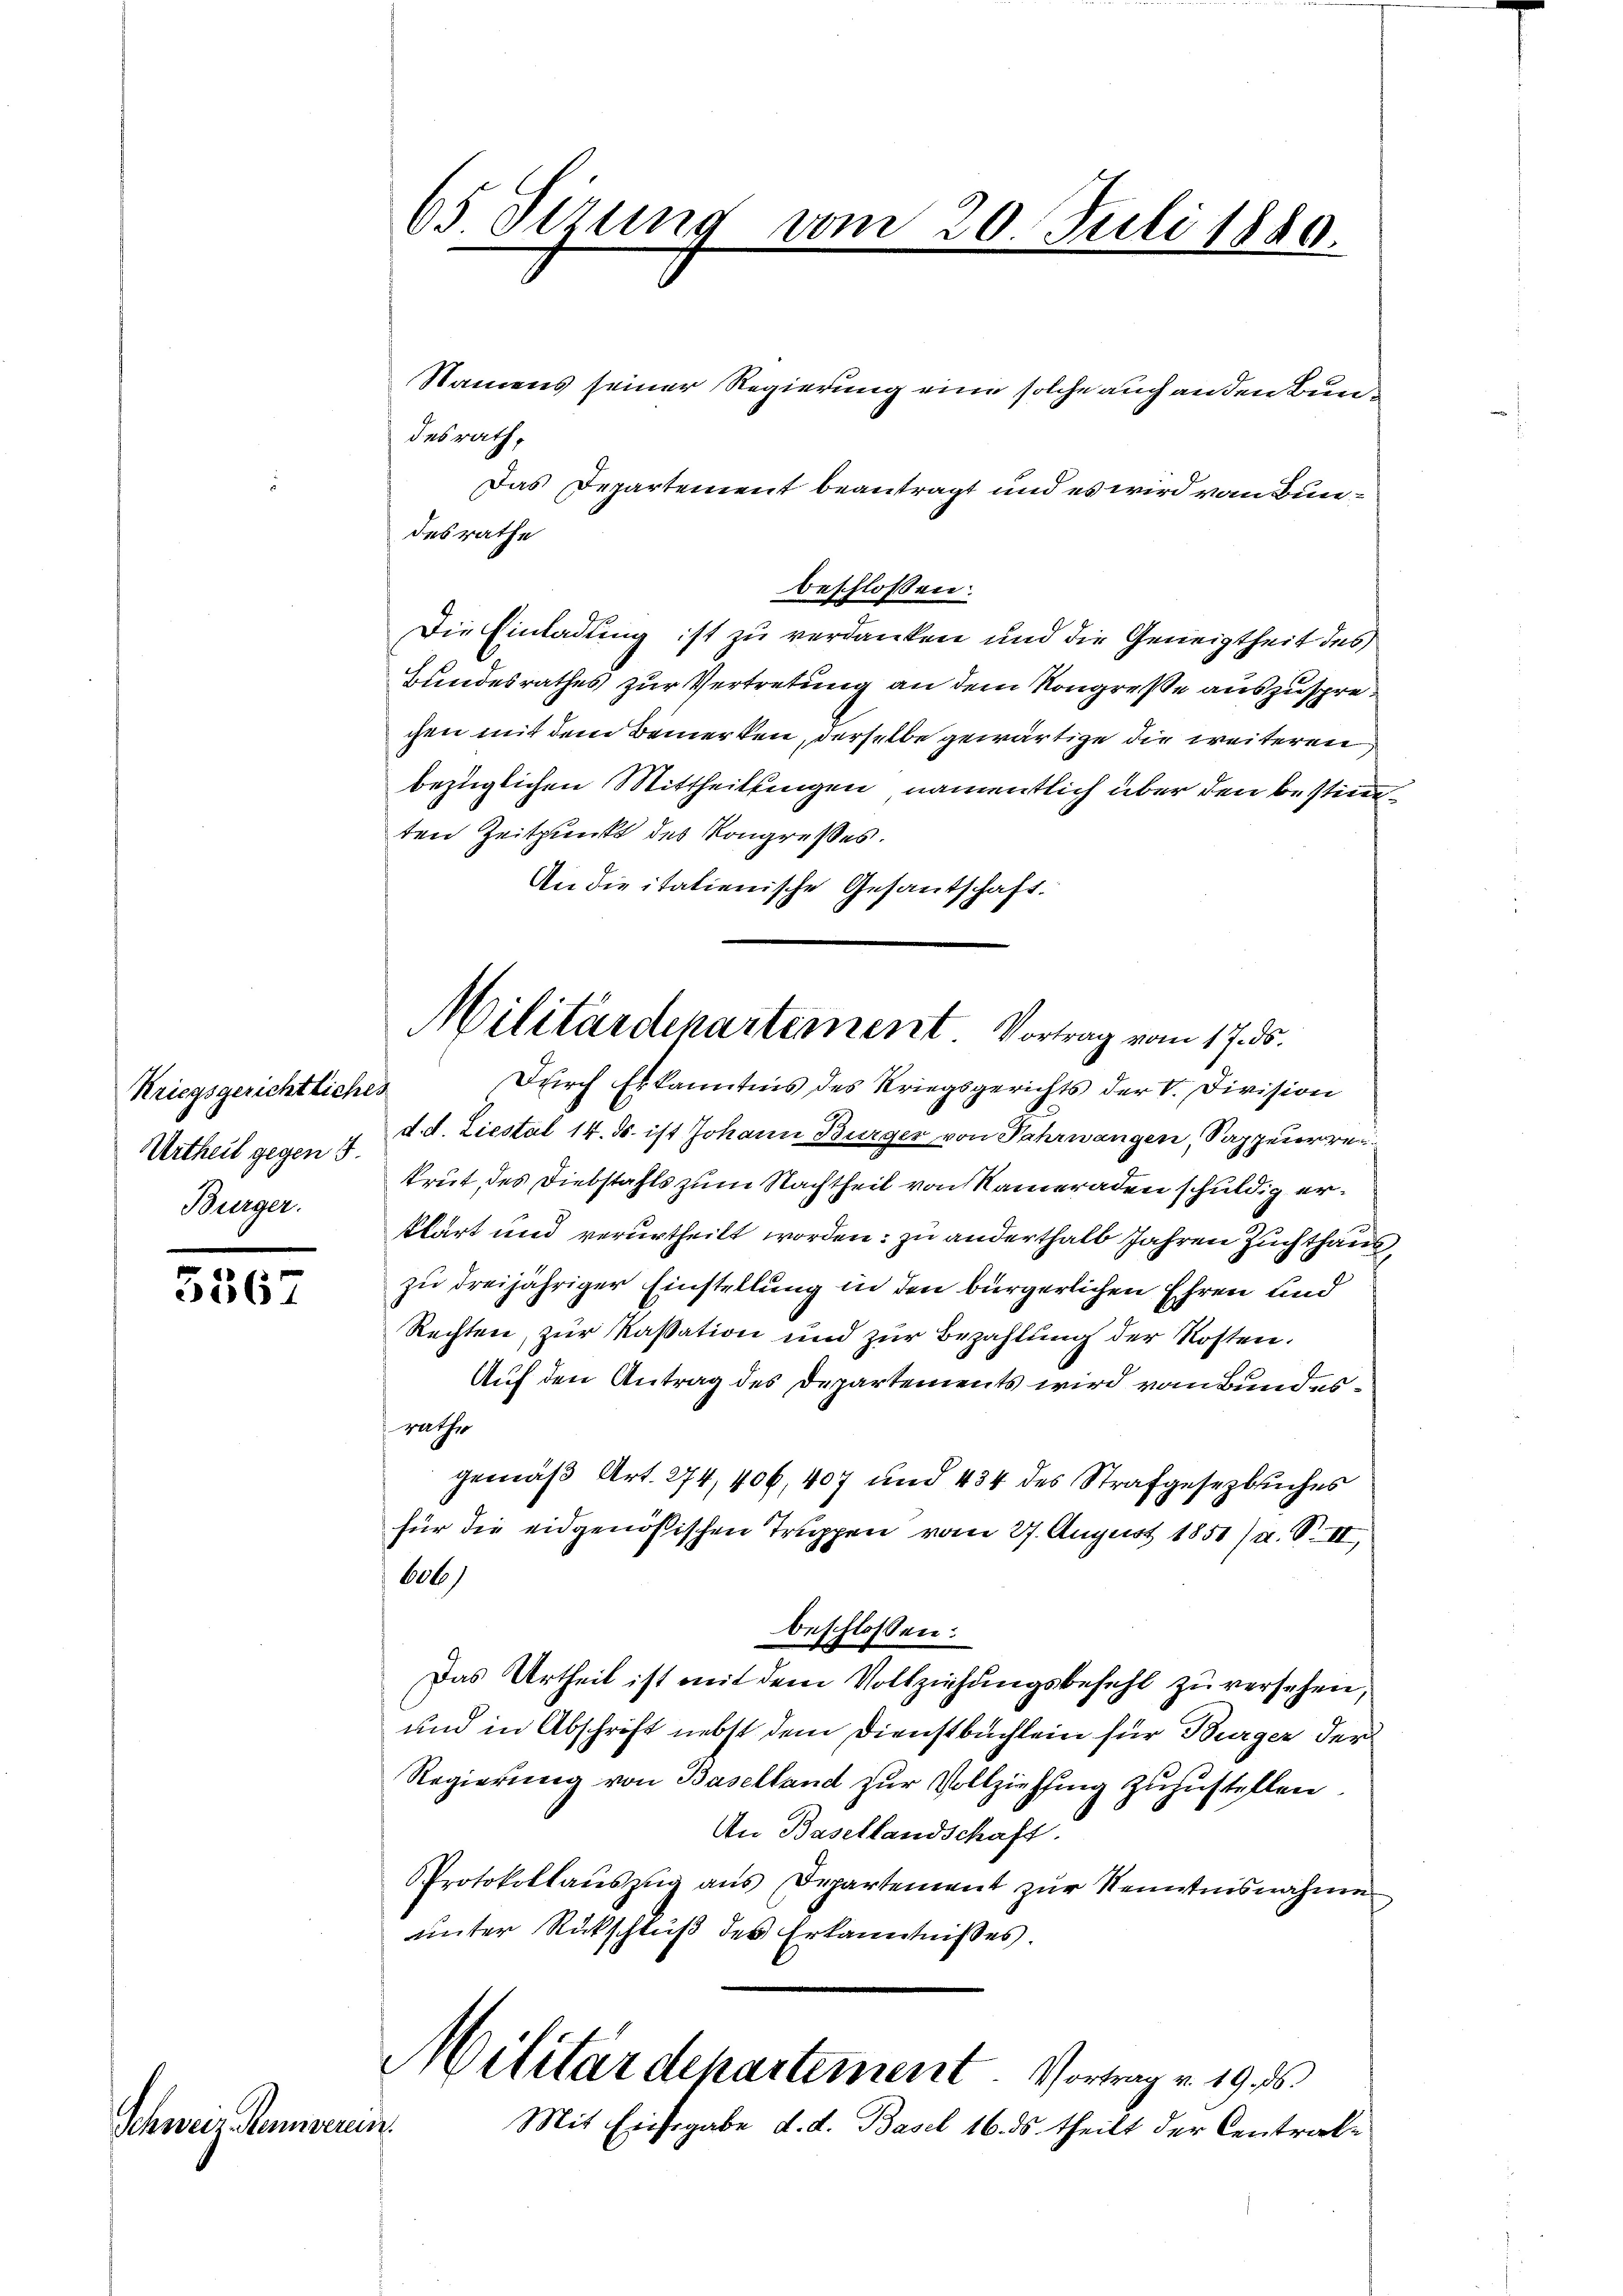
Biegsgerichtliches
Urtheil gegen 5.
Bürger.

5567

Schweiz Runsern.

65 Sitzung vom 20. Juli 1880.

Namens seiner Regierung eine solche auch an den Bundesrath,
Das Departement beantragt und es wird vom Bundesrathe
beschlossen:
Die Einladung ist zu verdanken und die Geneigtheit des
Bundesrathes zur Vertretung an dem Kongreße auszusprechen mit dem Bemerken, derselbe gewärtige die weiteren
bezüglichen Mittheilungen, namentlich über den bestimten Zeitpunkt des Kongresses.
An die italienische Gesandschaft.
Durch Erkanntnis des Kriegsgerichts der V. Division
d. d. Liestal 14. ds. ist Johann Bürger von Fahrwangen, Sappeuerrei
krut des Diebstahls zum Nachtheil von Kameraden schuldig erklärt und verurtheilt worden; zu anderthalb Jahren Zuchthaus,
zu dreijähriger Einstellung in den bürgerlichen Ehren und
Rechten, zur Kassation und zur Bezahlung der Kosten.
Auf den Antrag des Departements wird von Bundesrathe
gemäß Art. 274, 406, 407 und 434 des Strafgesetzbuches
für die eidgenössischen Truppen vom 27. August 1851) u. S. II,
606
beschlossen:
Das Urtheil ist mit dem Vollziehungsbefehl zu versehen,
und in Abschrift nebst dem Dienstbuchlein für Bürger der
Regierung von Baselland zur Vollziehung zuzustellen.
An Basellandschaft.
Protokollaŭszŭg aŭs Departement zŭr Nenntnisnahme
unter Rückschluß des Erkanntnisses.
Militärdepartement. Vortrag v. 19. ds.
Mit Einssgabe d. d. Basel 16. ds. theilt der Central¬

Militärdepartement. Vortrag vom 17. ds.